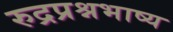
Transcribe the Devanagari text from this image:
रुद्रप्रश्नभाष्य